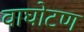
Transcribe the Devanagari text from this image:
वाघोटण